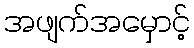
အဖျက်အမှောင့်